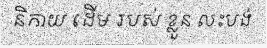
និកាយ ដើម របស់ ខ្លួន លះបង់